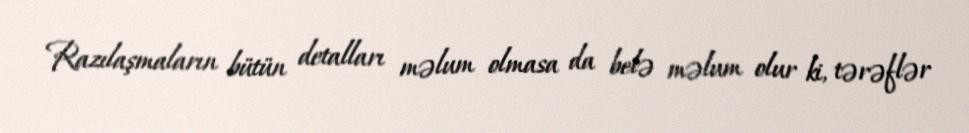
Razılaşmaların bütün detalları məlum olmasa da belə məlum olur ki, tərəflər